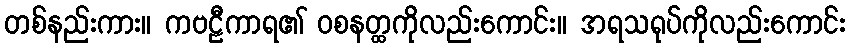
တစ်နည်းကား။ ကဗဠီကာရ၏ ဝစနတ္ထကိုလည်းကောင်း။ အရသရုပ်ကိုလည်းကောင်း